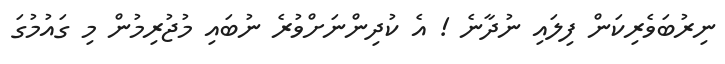
ނިރުބަވެރިކަން ފިލައި ނުދާނެ ! އެ ކުދިންނަށްވުރެ ނުބައި މުޖުރިމުން މި ގައުމުގަ